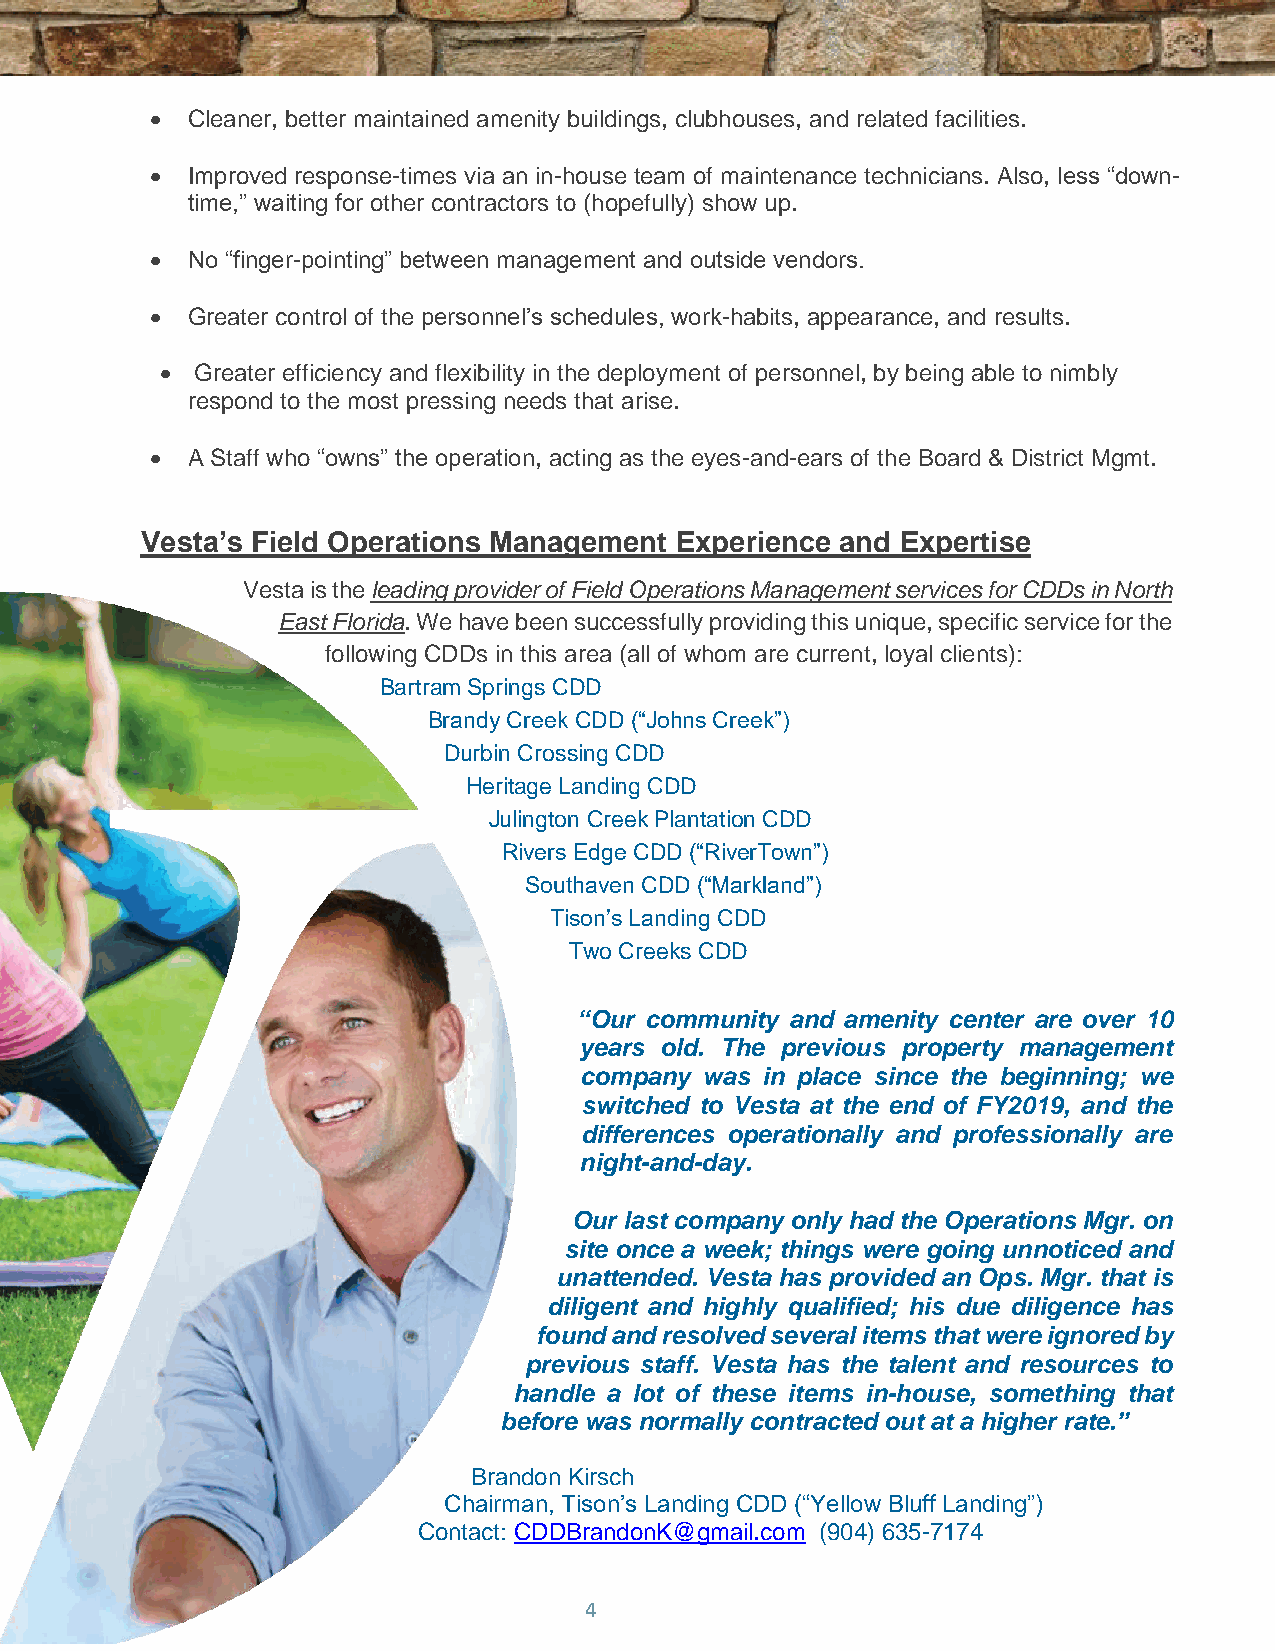
• Cleaner, better maintained amenity buildings, clubhouses, and related facilities.
 • Improved response-times via an in-house team of maintenance technicians. Also, less “down-
 time,” waiting for other contractors to (hopefully) show up.
 • No “finger-pointing” between management and outside vendors.
 • Greater control of the personnel’s schedules, work-habits, appearance, and results.
 • Greater efficiency and flexibility in the deployment of personnel, by being able to nimbly
 respond to the most pressing needs that arise.
 • A Staff who “owns” the operation, acting as the eyes-and-ears of the Board & District Mgmt.
 Vesta’s Field Operations Management Experience and Expertise
 Vesta is the leading provider of Field Operations Management services for CDDs in North
 East Florida. We have been successfully providing this unique, specific service for the
 following CDDs in this area (all of whom are current, loyal clients):
 Bartram Springs CDD
 Brandy Creek CDD (“Johns Creek”)
 Durbin Crossing CDD
 Heritage Landing CDD
 Julington Creek Plantation CDD
 Rivers Edge CDD (“RiverTown”)
 Southaven CDD (“Markland”)
 Tison’s Landing CDD
 Two Creeks CDD
 “Our community and amenity center are over 10
 years old. The previous property management
 company was in place since the beginning; we
 switched to Vesta at the end of FY2019, and the
 differences operationally and professionally are
 night-and-day.
 Our last company only had the Operations Mgr. on
 site once a week; things were going unnoticed and
 unattended. Vesta has provided an Ops. Mgr. that is
 diligent and highly qualified; his due diligence has
 found and resolved several items that were ignored by
 previous staff. Vesta has the talent and resources to
 handle a lot of these items in-house, something that
 before was normally contracted out at a higher rate.”
 Brandon Kirsch
 Chairman, Tison’s Landing CDD (“Yellow Bluff Landing”)
 Contact: CDDBrandonK@gmail.com (904) 635-7174
 4